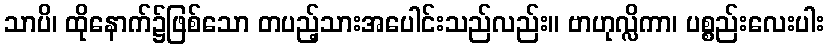
သာပိ၊ ထိုနောက်၌ဖြစ်သော တပည့်သားအပေါင်းသည်လည်း။ ဗာဟုလ္လိကာ၊ ပစ္စည်းလေးပါး